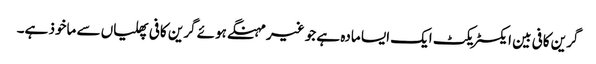
گرین کافی بین ایکسٹریکٹ ایک ایسا مادہ ہے جو غیر مہنگے ہوئے گرین کافی پھلیاں سے ماخوذ ہے۔